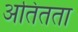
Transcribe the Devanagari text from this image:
अतितता